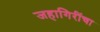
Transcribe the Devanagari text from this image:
जहागिरींचा